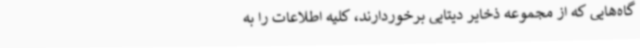
گاه‌هایی که از مجموعه ذخایر دیتایی برخوردارند، کلیه اطلاعات را به